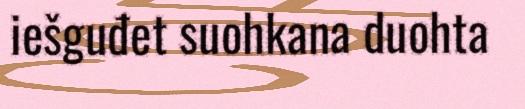
iešguđet suohkana duohta